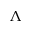
\Lambda